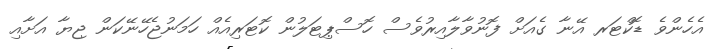
އެހެންވެ ޑޮކްޓަރ އޭނާ ގެއަށް ފޮނުވާލާއިރުވެސް ހޮސްޕިޓަލުން ކޮޓަރިއެއް ހަމަނުޖެހޭނޭކަން ޖިޔާ އަށާއި